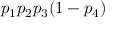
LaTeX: p _ { 1 } p _ { 2 } p _ { 3 } ( 1 - p _ { 4 } )